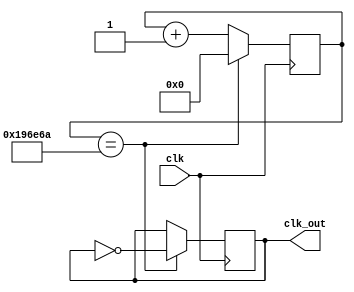
module divFreq(clk , clk_out); //Divisor de frecuencia

input clk;
output reg clk_out;
parameter freq = 100000000;
parameter freq_out = 30;
localparam max_count = freq/(2*freq_out);
reg [30:0] count;

initial begin
count='d0;
clk_out=0;
end

always @(posedge clk) begin

	if(count == (max_count)) begin
		clk_out = ~clk_out;
		count = 0;
	end
	else
	count=count+1;
end

endmodule